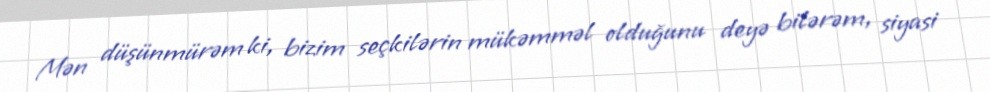
Mən düşünmürəm ki, bizim seçkilərin mükəmməl olduğunu deyə bilərəm, siyasi